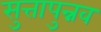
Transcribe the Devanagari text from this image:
सुत्तापुन्नव